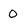
Character: O